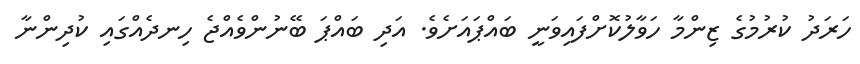
ހަރަދު ކުރުމުގެ ޒިންމާ ހަވާލުކޮށްފައިވަނީ ބައްޕައަށެވެ. އަދި ބައްޕަ ބޭނުންވެއްޖެ ހިނދެއްގައި ކުދިންނާ